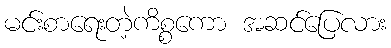
မင်းစာရေးတဲ့ကိစ္စကော အဆင်ပြေလား